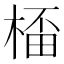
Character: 𣕨